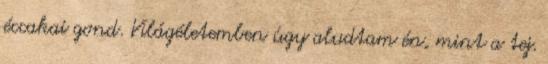
éccakai gond. Világéletemben úgy aludtam én, mint a tej.